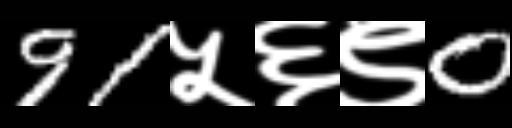
Text: 91५६९0